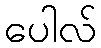
ပေါလ်